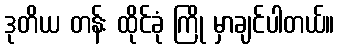
ဒုတိယ တန်း ထိုင်ခုံ ကြို မှာချင်ပါတယ်။